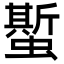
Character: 蟴